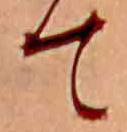
て